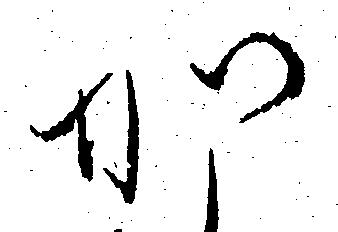
か